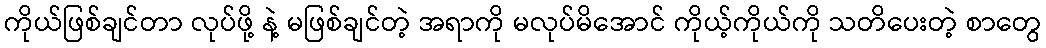
ကိုယ်ဖြစ်ချင်တာ လုပ်ဖို့ နဲ့ မဖြစ်ချင်တဲ့ အရာကို မလုပ်မိအောင် ကိုယ့်ကိုယ်ကို သတိပေးတဲ့ စာတွေ